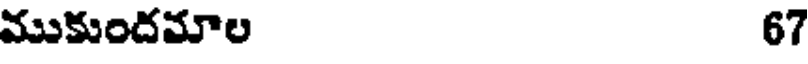
ముకుందమాల 67